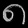
Digit: ၈